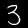
Label: 3